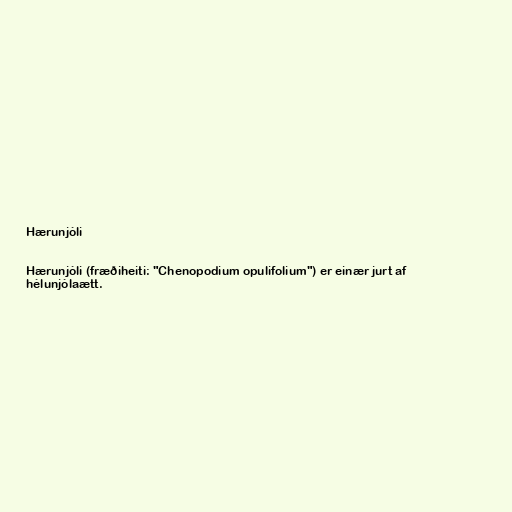
Hærunjóli

Hærunjóli (fræðiheiti: "Chenopodium opulifolium") er einær jurt af
hélunjólaætt.